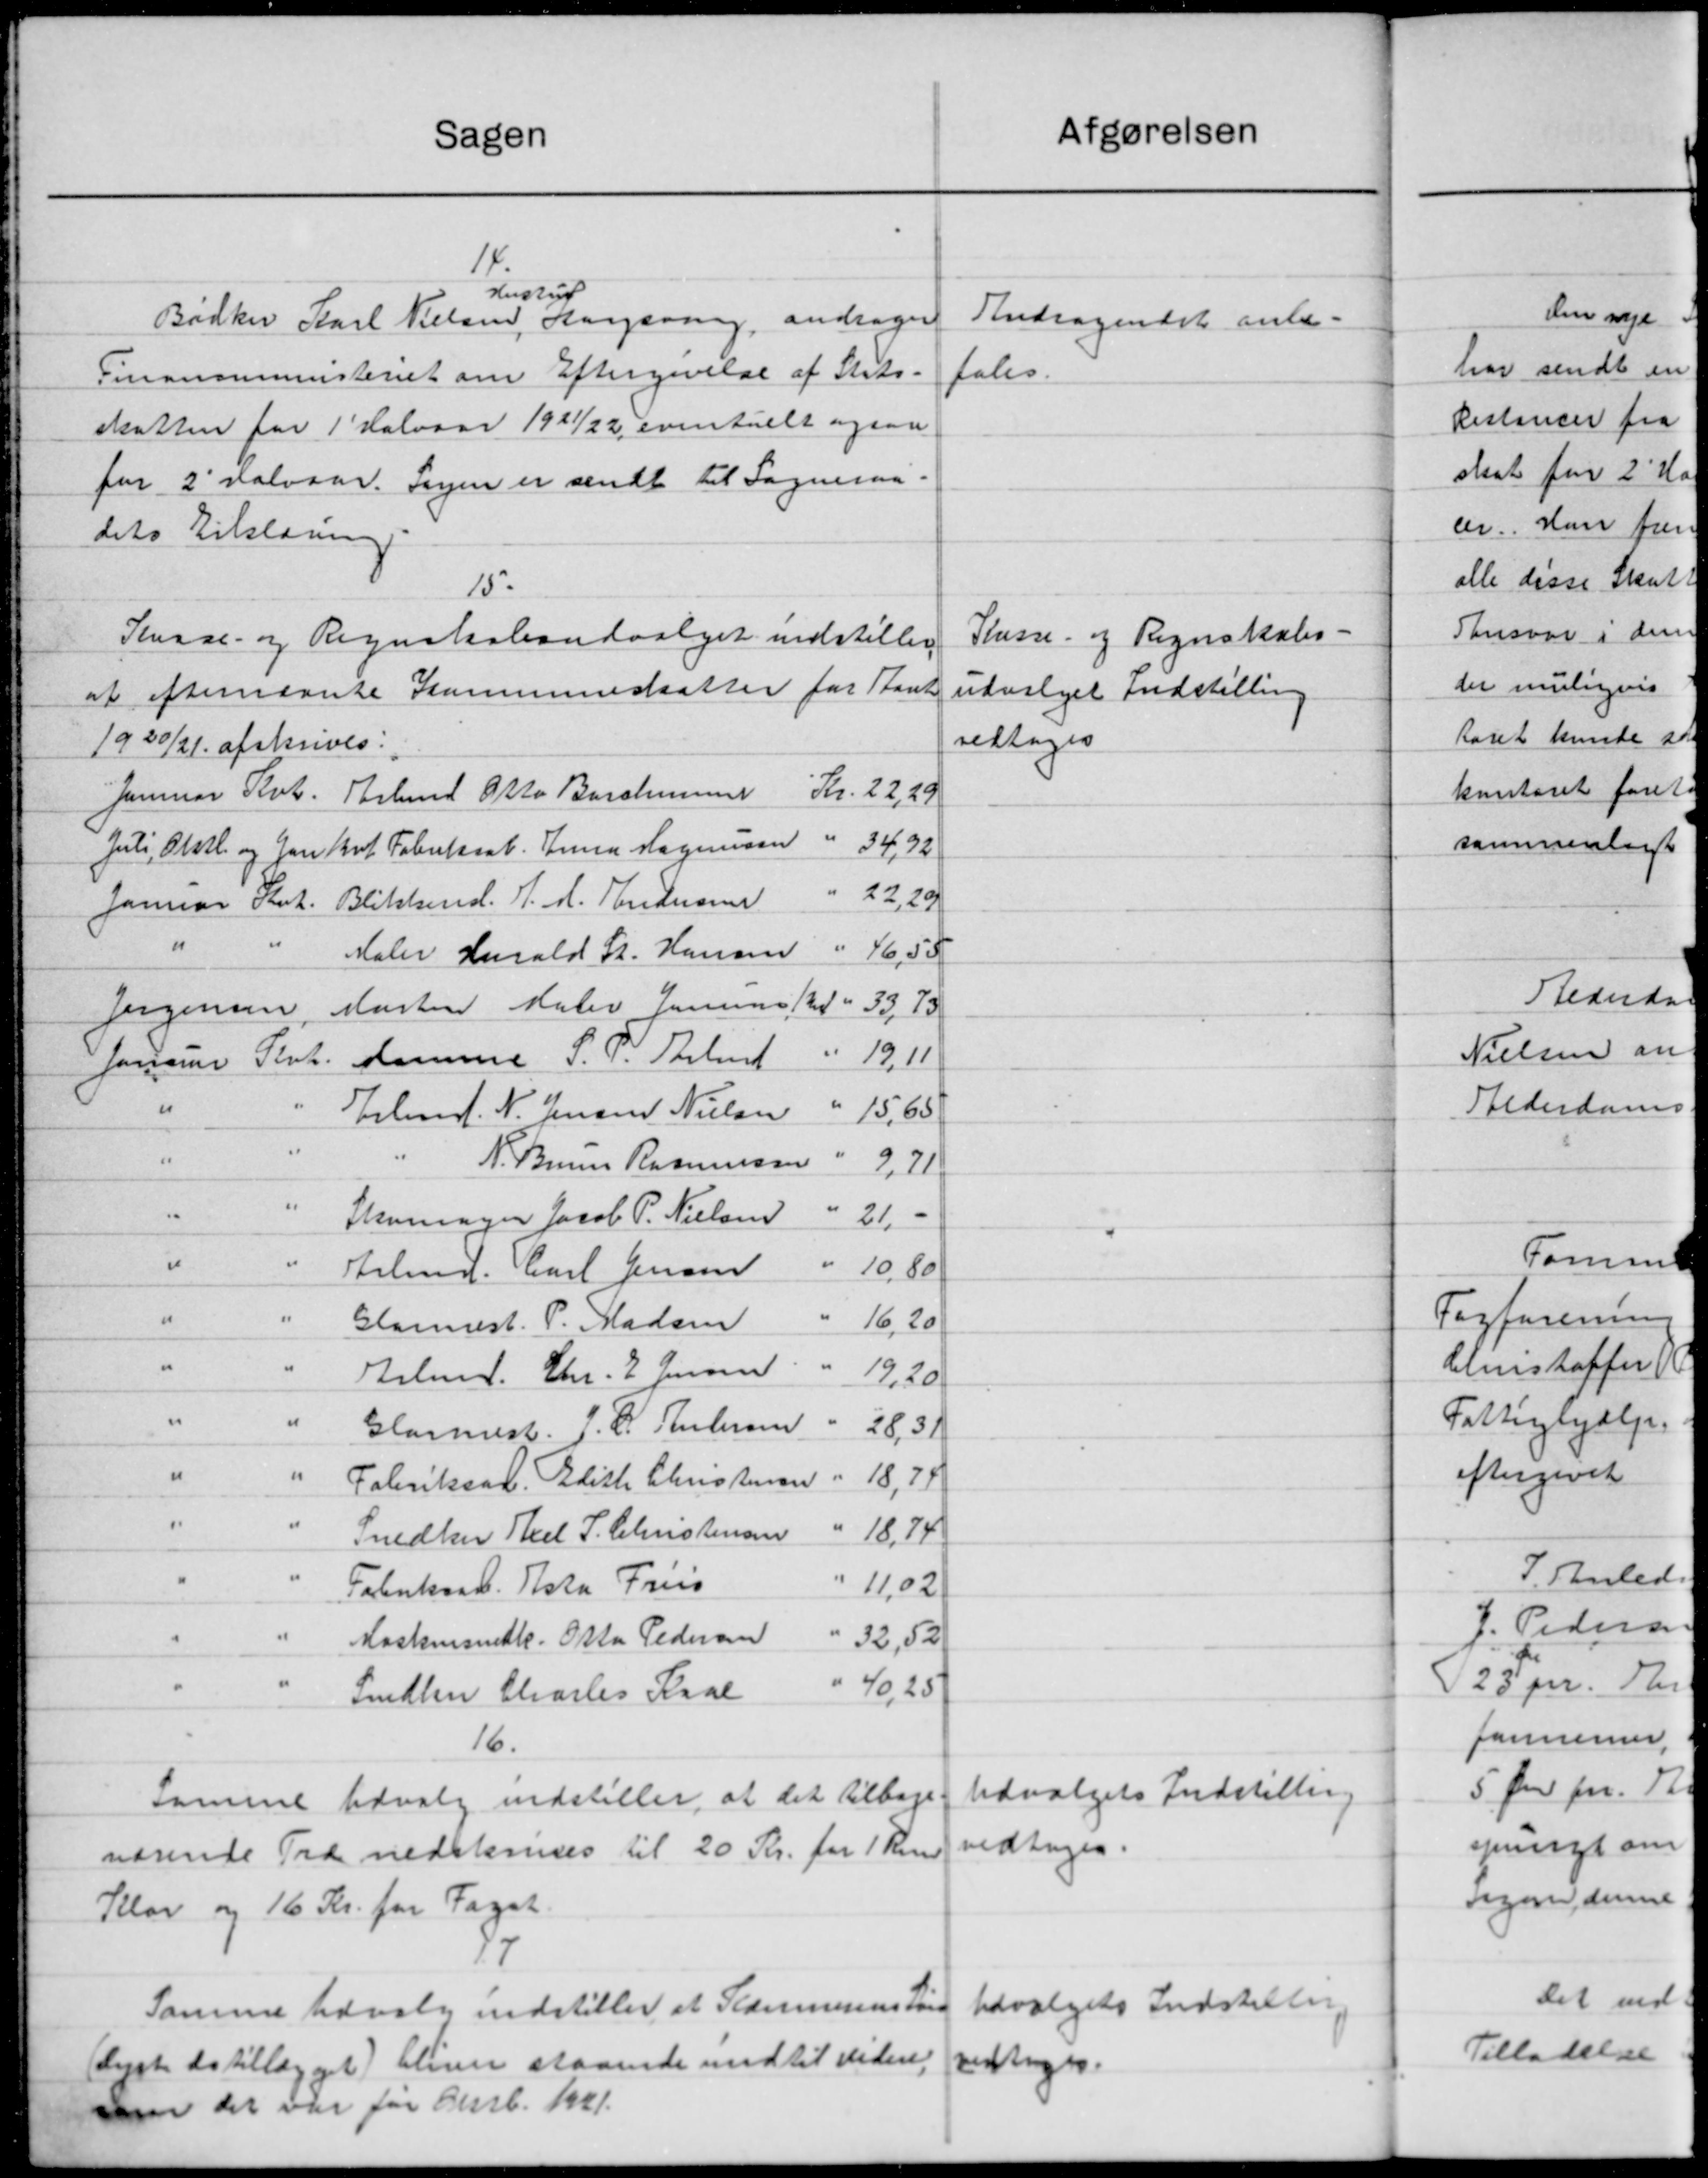
Transskription:
Sagen
14.
Hustrup
Bødker Karl Nielsen, Aargsring, andrager
Finansministeriet om Eftergivelse af Stats-
skatten for 1' Halvaar 1921/22 eventuelt ogsaa
for 2' Halvaar. Sagen er sendt til Sogneraa
dets Tilslæring.
15.
Kasse- og Regnskabsudvalget indstiller
at efternævnte Kommuneskatter for Stank
1920/21 afskrives.
Kr. 2229
Januar Køb. Arbmd Otto Barchm
Juli, Olstl. og Jan Sof Fabrikaab. Jena Magnusen " 34,92
22, 29
Januar Skat. Bliktsmnd. J. M. Andersen
"
"
" 46,50
Maler Harald T. Hansen
Jørgensen, Martin Maler Jensen 12 = 33,73
19.11
fonsant Pent. Hamme S. P. Behand
"
15.65
Erlmd. N. Jensen Nielsen
"
N. Bruun Rasmussen
9.71
"
Skomager Jacob P. Nielsen
21 -
"
"
" 10,80
Arbmd. Carl Jensen
"
"
16, 20
Glannest. P. Madsen
"
"
Arbmd. Chr. E. Jensen
19.20
"
"
Glarmest. J. P. Andersen
2831
"
18,77
Faderiksal. Edith Christensen
"
"
" 1874
Snedker Skel P. Christensen
11,02
Fabrikant. Asta Friis
Maskinsnedk. Otto Pedersen
" 32, 52
40, 25
Snedker Charles Kaal
16.
Samme Udvalg indstiller, at det tilbage
værende Træ nedskrives til 20 Kr. for 1 Krner
Stlov og 16 Kr. for Faget.
87
Samme Udvalg indstiller at Slammerens Løn
Ørste stillægget bliver staaende indtil videre
sen det var for Feb. 1921.